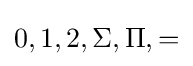
0,1,2,\Sigma ,\Pi ,=